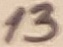
Text: 13